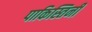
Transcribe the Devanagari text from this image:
पाकिस्तिनी